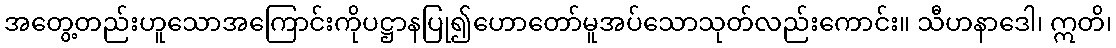
အတွေ့တည်းဟူသောအကြောင်းကိုပဋ္ဌာနပြု၍ဟောတော်မူအပ်သောသုတ်လည်းကောင်း။ သီဟနာဒေါ၊ ဣတိ၊